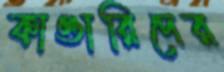
কাণ্ডারিদের